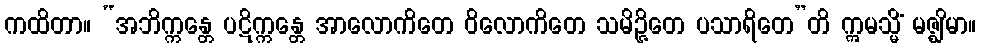
ကထိတာ။ “အဘိက္ကန္တေ ပဋိက္ကန္တေ အာလောကိတေ ဝိလောကိတေ သမိဉ္ဇိတေ ပသာရိတေ”တိ ဣမသ္မိံ မဇ္ဈိမာ။